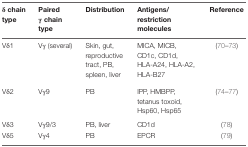
<table><thead><tr><td><b>δ chain type</b></td><td><b>Paired γ chain type</b></td><td><b>Distribution</b></td><td><b>Antigens/restriction molecules</b></td><td><b>Reference</b></td></tr></thead><tbody><tr><td>Vδ1</td><td>Vγ (several)</td><td>Skin, gut, reproductive tract, PB, spleen, liver</td><td>MICA, MICB, CD1c, CD1d, HLA-A24, HLA-A2, HLA-B27</td><td>(70–73)</td></tr><tr><td>Vδ2</td><td>Vγ9</td><td>PB</td><td>IPP, HMBPP, tetanus toxoid, Hsp60, Hsp65</td><td>(74–77)</td></tr><tr><td>Vδ3</td><td>Vγ9/3</td><td>PB, liver</td><td>CD1d</td><td>(78)</td></tr><tr><td>Vδ5</td><td>Vγ4</td><td>PB</td><td>EPCR</td><td>(79)</td></tr></tbody></table>